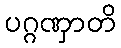
ပဂ္ဂဏှာတိ